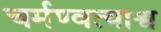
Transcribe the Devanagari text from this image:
चर्मण्वत्याश्व